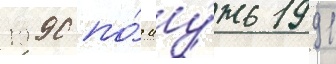
1990 по́ иу́нь 1991